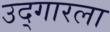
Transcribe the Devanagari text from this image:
उद्गारला